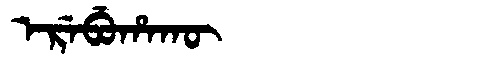
Manchu: ᡝᡵᡝᠪᡠᡥᠠᡴᡡ
Romanization: EREBUHAKŪ